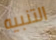
التنبيه